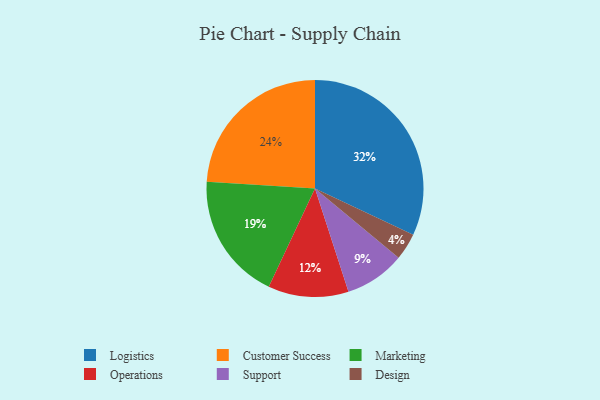
{"axis": {"x": "Category", "y": "Percentage"}, "legend": ["Customer Success", "Design", "Logistics", "Marketing", "Operations", "Support"], "data": [{"x": "Operations", "y": 12, "type": "Operations"}, {"x": "Logistics", "y": 32, "type": "Logistics"}, {"x": "Support", "y": 9, "type": "Support"}, {"x": "Customer Success", "y": 24, "type": "Customer Success"}, {"x": "Design", "y": 4, "type": "Design"}, {"x": "Marketing", "y": 19, "type": "Marketing"}]}